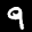
Label: 9